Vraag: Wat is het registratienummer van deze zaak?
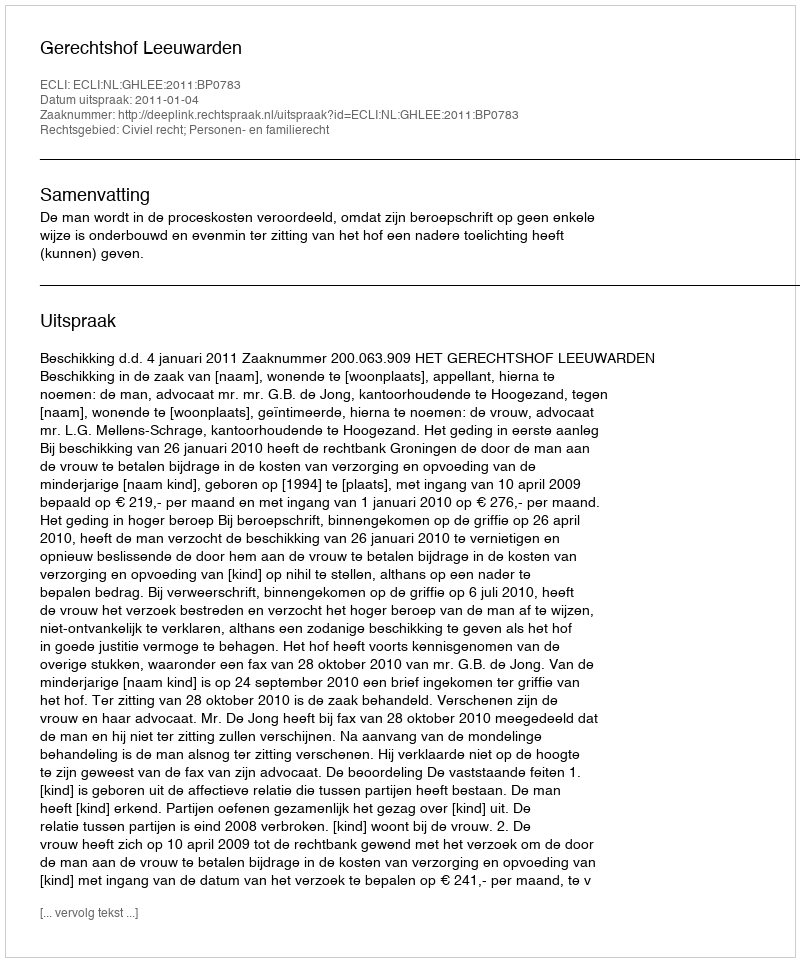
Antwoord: http://deeplink.rechtspraak.nl/uitspraak?id=ECLI:NL:GHLEE:2011:BP0783